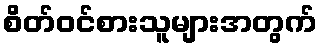
စိတ်ဝင်စားသူများအတွက်